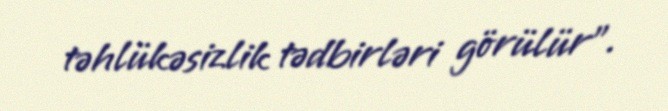
təhlükəsizlik tədbirləri görülür”.